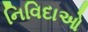
નિવિદાઓ